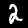
Label: 2